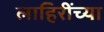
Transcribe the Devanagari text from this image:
लाहिरींच्या